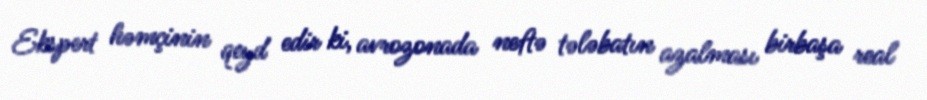
Ekspert həmçinin qeyd edir ki, avrozonada neftə tələbatın azalması birbaşa real